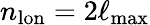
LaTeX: n_{\mathrm{lon}}=2\ell_{\mathrm{max}}